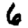
Digit: 6